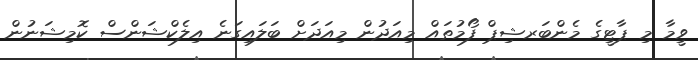
ވީމާ މި ޕާޓީގެ މެންބަރޝިޕް ފޯމުތައް މިއަދުން މިއަދަށް ބަލައިގަނެ އިލެކްޝަންސް ކޮމިޝަނުން